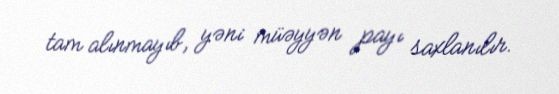
tam alınmayıb, yəni müəyyən payı saxlanılır.